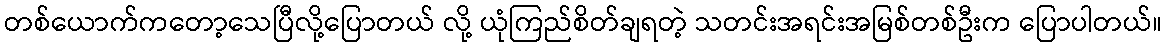
တစ်ယောက်ကတော့သေပြီလို့ပြောတယ် လို့ ယုံကြည်စိတ်ချရတဲ့ သတင်းအရင်းအမြစ်တစ်ဦးက ပြောပါတယ်။